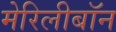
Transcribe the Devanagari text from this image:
मेरिलीबॉन